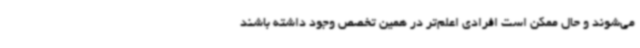
می‌شوند و حال ممکن است افرادی اعلم‌تر در همین تخصص وجود داشته باشند